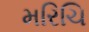
મરિચિ